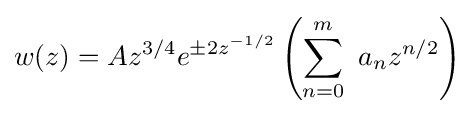
w(z)=Az^{3/4}e^{\pm 2z^{-1/2}}\left(\sum _{n=0}^{m}\ a_{n}z^{n/2}\right)